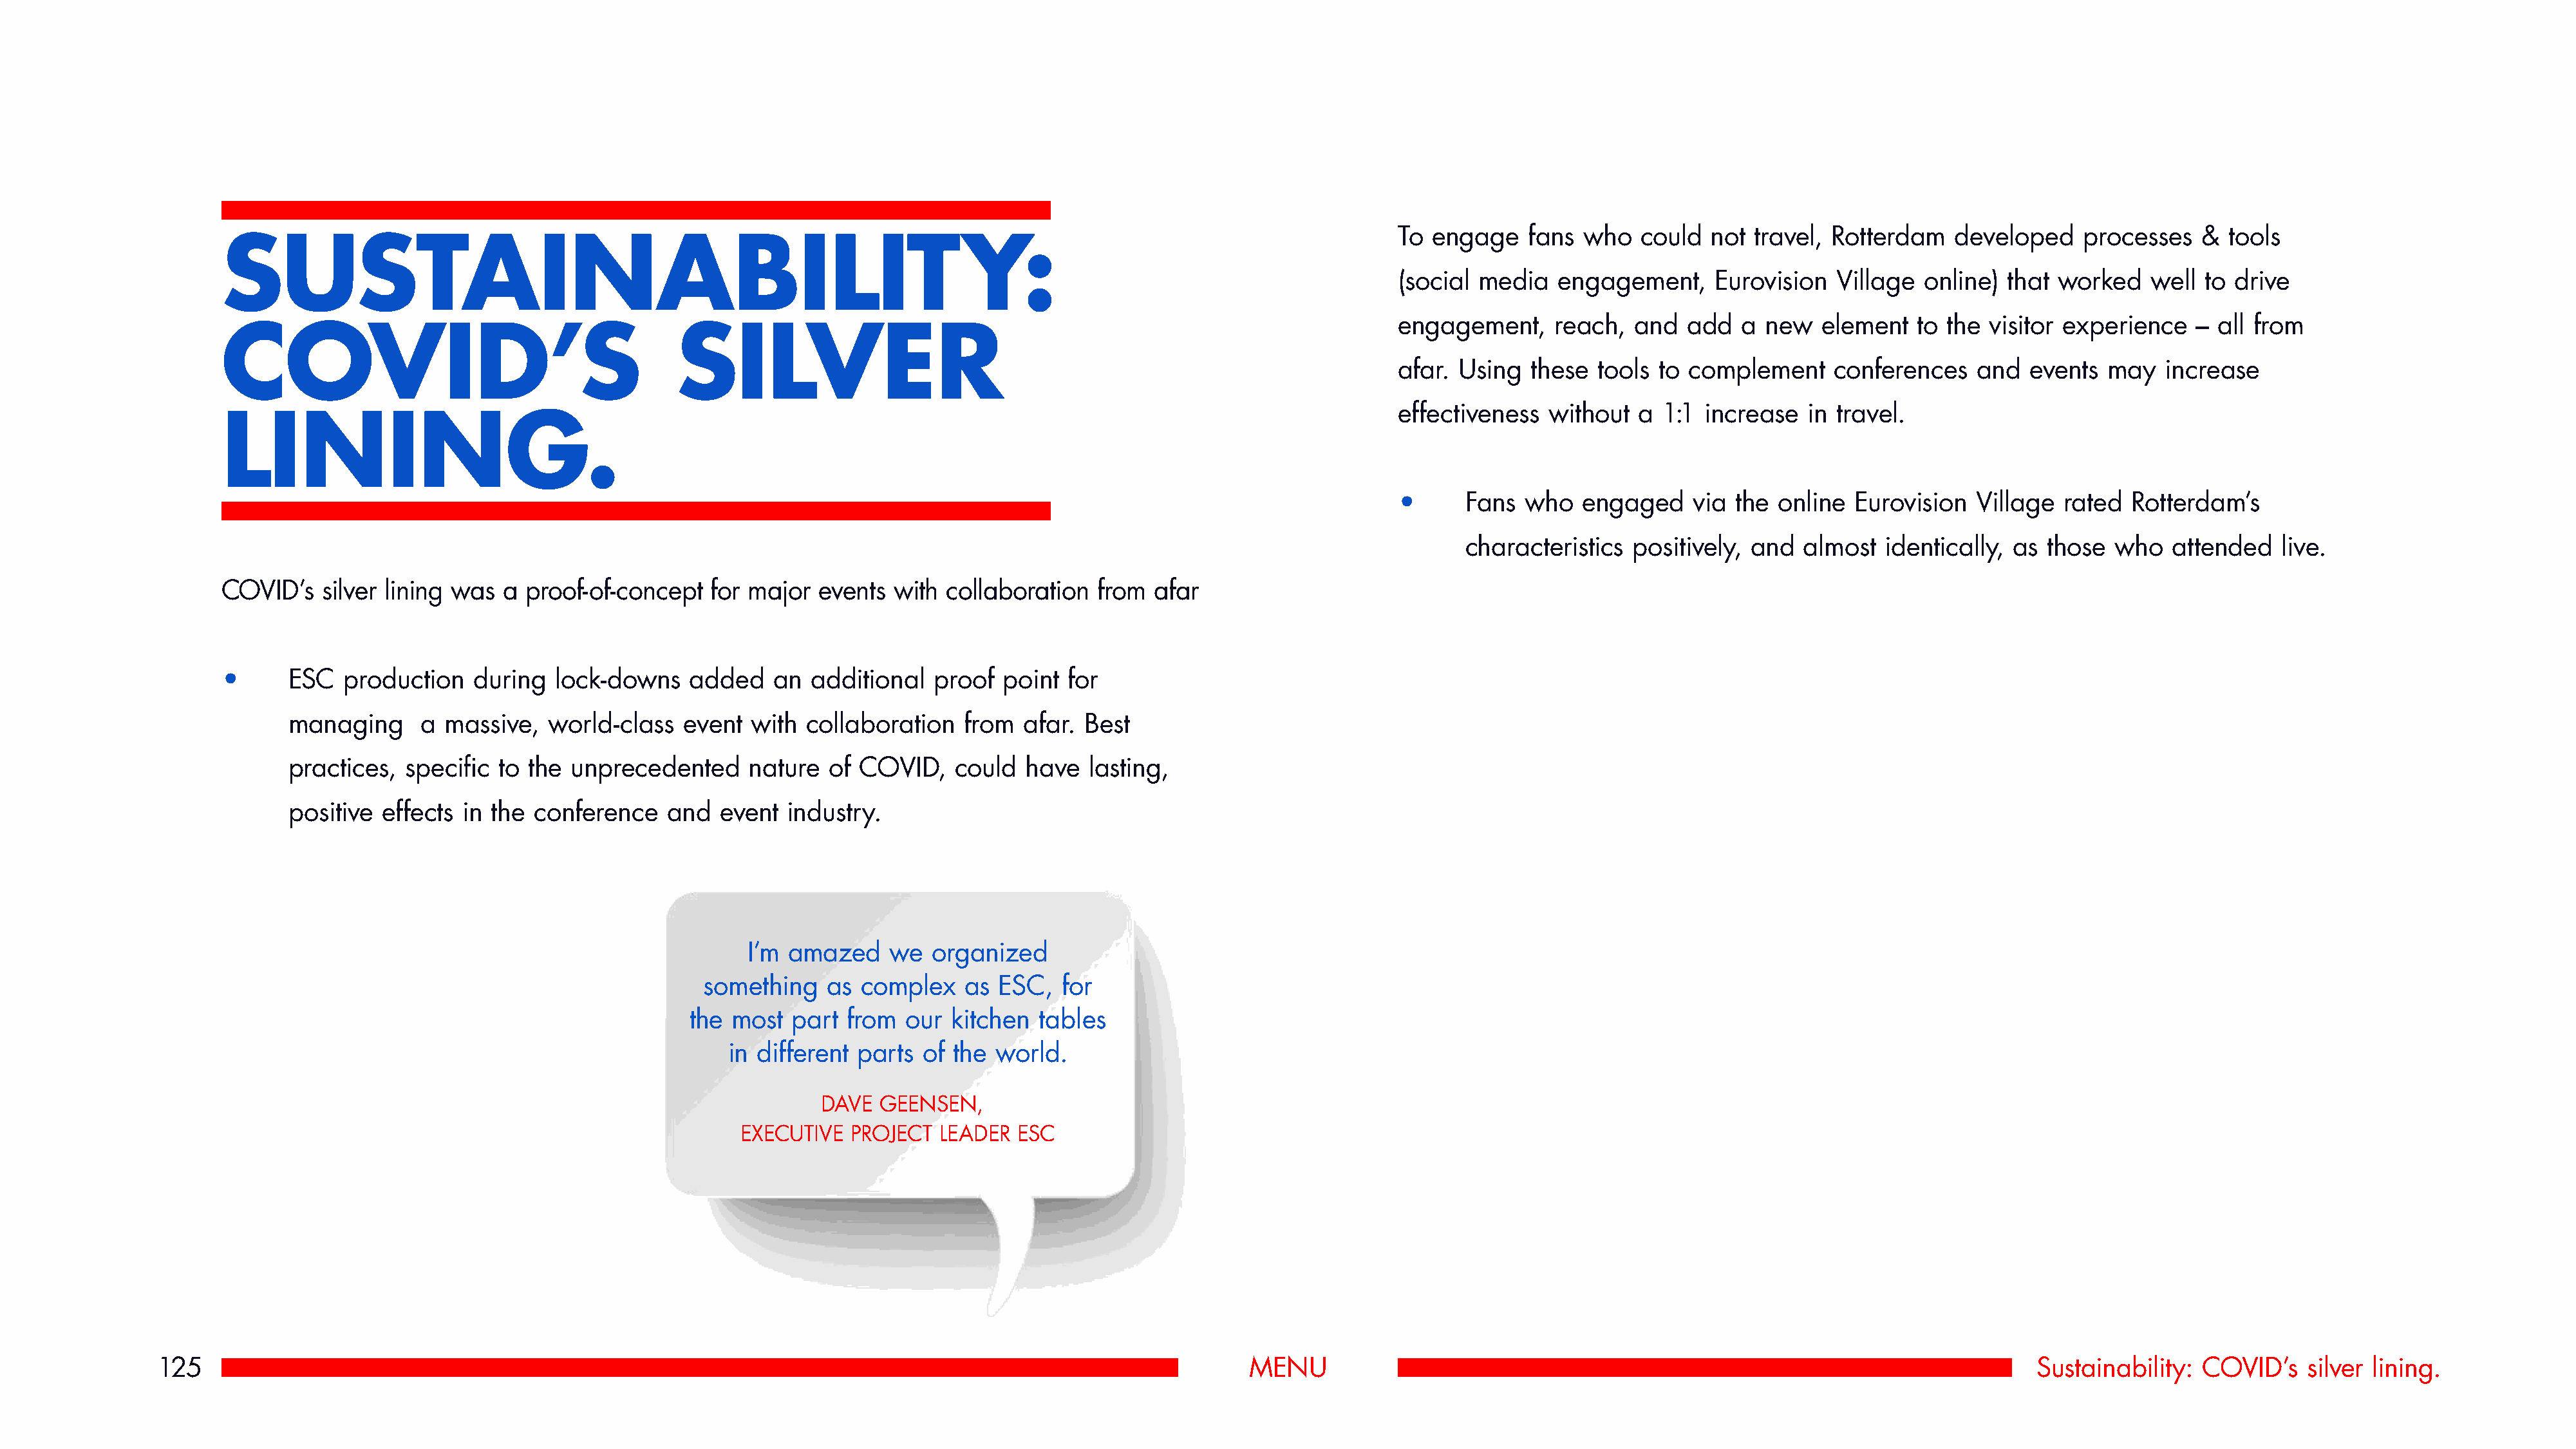
To engage    fans  who   could  not travel, Rotterdam    developed    processes   &  tools
 SUSTAINABILITY:
 (social media   engagement,     Eurovision   Village  online) that  worked   well  to drive
 engagement,     reach,  and  add   a  new  element   to the  visitor experience   – all from
 COVID’S                                       SILVER
 afar. Using  these  tools  to complement    conferences    and   events  may   increase
 effectiveness  without  a  1:1 increase   in travel.
 LINING.
 •      Fans  who   engaged    via the  online  Eurovision  Village  rated  Rotterdam’s
 characteristics  positively, and  almost   identically, as those  who   attended    live.
 COVID’s   silver lining was  a proof-of-concept   for major  events  with collaboration   from  afar
 •      ESC  production    during  lock-downs    added   an  additional   proof  point  for
 managing     a  massive,  world-class   event  with  collaboration   from  afar. Best
 practices,  specific to the  unprecedented     nature  of COVID,    could  have   lasting,
 positive effects  in the conference    and  event  industry.
 I’m amazed    we   organized
 something    as complex    as  ESC,  for
 the most  part  from  our  kitchen  tables
 in different parts  of the world.
 DAVE  GEENSEN,
 EXECUTIVE  PROJECT   LEADER  ESC
 125                                                                                                             MENU                                                                             Sustainability:  COVID’s    silver lining.